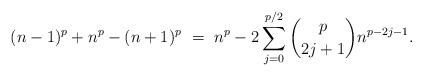
\begin{align*}(n-1)^{p} + n^{p} - (n+1)^{p} \ = \ n^{p} - 2 \sum_{j=0}^{p/2} \binom{p}{2j+1}n^{p-2j-1}.\end{align*}